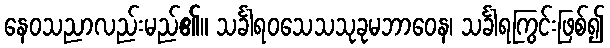
နေဝသညာလည်းမည်၏။ သင်္ခါရဝသေသသုခုမဘာဝေန၊ သင်္ခါရကြွင်းဖြစ်၍